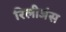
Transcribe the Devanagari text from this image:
रिलीजंस